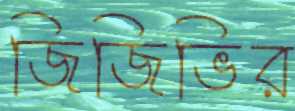
জিজিভির